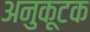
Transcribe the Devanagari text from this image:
अनुकूटक